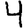
Digit: 4